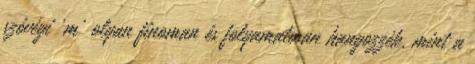
szóvégi 'm' olyan finoman és folyamatosan hangozzék, mint a